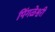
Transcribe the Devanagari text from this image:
पिंगळेश्वरी